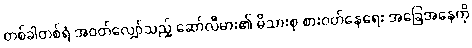
တစ်ခါတစ်ရံ အဝတ်လျှော်သည့် ဆော်လီမား၏ မိသားစု စားဝတ်နေရေး အခြေအနေကို